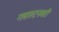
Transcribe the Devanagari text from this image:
ग्लास्टनबरी